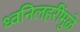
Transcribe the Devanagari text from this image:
ध्वनिलहरींमुळे